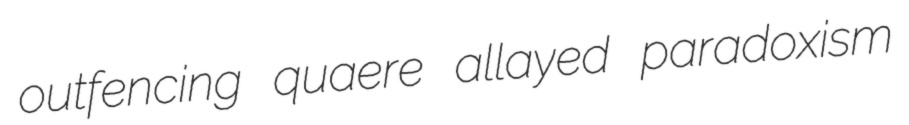
outfencing quaere allayed paradoxism